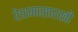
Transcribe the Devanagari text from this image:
रेशमासारखी